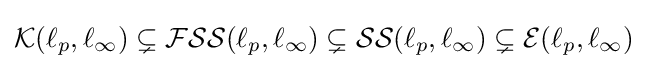
{\mathcal {K}}(\ell _{p},\ell _{\infty })\subsetneq {\mathcal {FSS}}(\ell _{p},\ell _{\infty })\subsetneq {\mathcal {SS}}(\ell _{p},\ell _{\infty })\subsetneq {\mathcal {E}}(\ell _{p},\ell _{\infty })